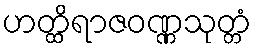
ဟတ္ထိရာဇဝဏ္ဏသုတ္တံ